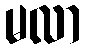
မလာ